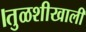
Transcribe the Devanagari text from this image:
।तुळशीखाली